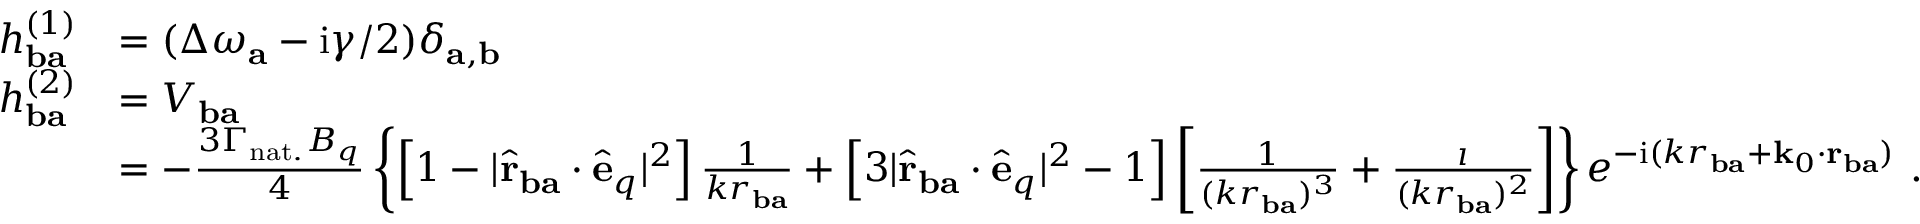
\begin{array} { r l } { h _ { \mathbf { b a } } ^ { ( 1 ) } } & { = ( \Delta \omega _ { \mathbf { a } } - \mathrm { i } \gamma / 2 ) \delta _ { \mathbf { a } , \mathbf { b } } } \\ { h _ { \mathbf { b a } } ^ { ( 2 ) } } & { = V _ { \mathbf { b a } } } \\ & { = - \frac { 3 \Gamma _ { \mathrm { n a t . } } B _ { q } } { 4 } \left\{ \left[ 1 - | \hat { \mathbf { r } } _ { \mathbf { b a } } \cdot \hat { \mathbf { e } } _ { q } | ^ { 2 } \right] \frac { 1 } { k r _ { \mathbf { b a } } } + \left[ 3 | \hat { \mathbf { r } } _ { \mathbf { b a } } \cdot \hat { \mathbf { e } } _ { q } | ^ { 2 } - 1 \right] \left[ \frac { 1 } { ( k r _ { \mathbf { b a } } ) ^ { 3 } } + \frac { \i } { ( k r _ { \mathbf { b a } } ) ^ { 2 } } \right] \right\} e ^ { - \mathrm { i } ( k r _ { \mathbf { b a } } + \mathbf { k } _ { 0 } \cdot \mathbf { r } _ { \mathbf { b a } } ) } ~ . } \end{array}